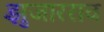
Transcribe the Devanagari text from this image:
झुंजारराव